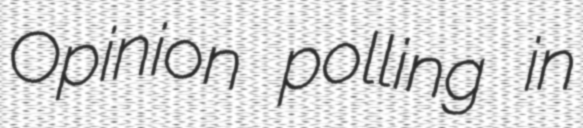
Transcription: Opinion polling in